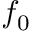
f _ { 0 }